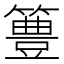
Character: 𥴡